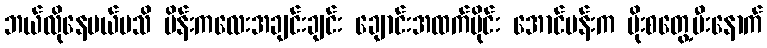
ဘယ်လိုနေမယ်မသိ မိန်းကလေးအချင်းချင်း ချောင်းအထက်ပိုင်း အောင်ပန်းက ပိုးစတွေ့ပီးနောက်